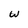
Character: w